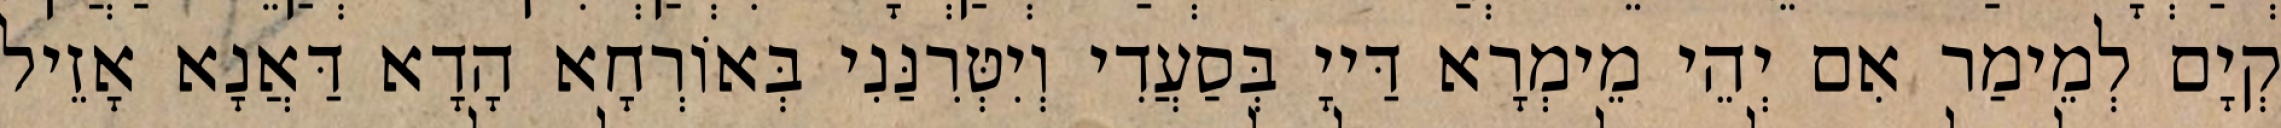
קְיָם לְמֵימַר אִם יְהֵי מֵימְרָא דַּייָ בְּסַעֲדִי וְיִטְּרִנַּנִי בְּאוֹרְחָא הָדָא דַּאֲנָא אָזֵיל